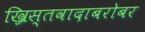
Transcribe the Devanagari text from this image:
ख्रिस्तवादाबरोबर